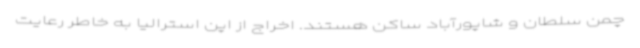
چمن سلطان و شاپورآباد ساکن هستند. اخراج از اپن استرالیا به خاطر رعایت